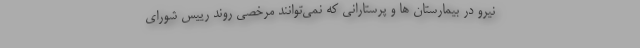
نیرو در بیمارستان ها و پرستارانی که نمی‌توانند مرخصی روند رییس شورای